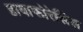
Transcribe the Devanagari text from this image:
डायाफोरेसिस